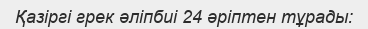
Қазіргі грек әліпбиі 24 әріптен тұрады: